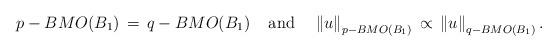
\begin{align*}p-BMO(B_1)\,=\,q-BMO(B_1)\;\;\;\;\mbox{and}\;\;\;\;\left\|u\right\|_{p-BMO(B_{1})}\,\propto\,\left\|u\right\|_{q-BMO(B_{1})}.\end{align*}